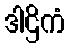
ဒါဌိကံ